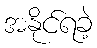
အနိုင်ရခဲ့